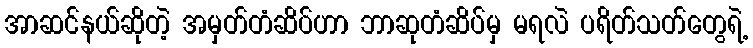
အာဆင်နယ်ဆိုတဲ့ အမှတ်တံဆိပ်ဟာ ဘာဆုတံဆိပ်မှ မရလဲ ပရိတ်သတ်တွေရဲ့